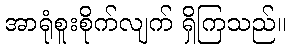
အာရုံစူးစိုက်လျက် ရှိကြသည်။